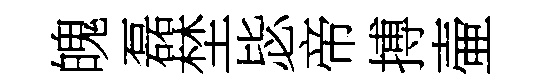
魄磊埜毖帝搏壷